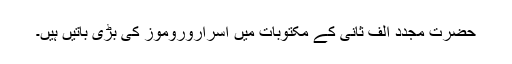
حضرت مجدد الف ثانیؒ کے مکتوبات میں اسراروروموز کی بڑی باتیں ہیں۔